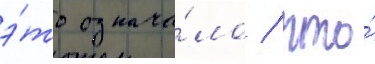
э́то означа́ло / что́